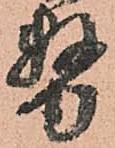
務